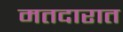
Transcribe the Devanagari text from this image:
मतदारात